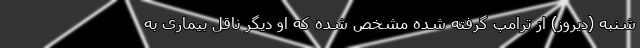
شنبه (دیروز) از ترامپ گرفته شده مشخص شده که او دیگر ناقل بیماری به